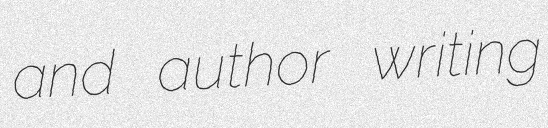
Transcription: and author writing